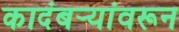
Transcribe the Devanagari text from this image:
कादंबर्‍यांवरून